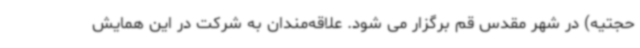
حجتیه) در شهر مقدس قم برگزار می شود. علاقه‌مندان به شرکت در این همایش